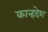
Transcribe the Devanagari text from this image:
कान्हदेश